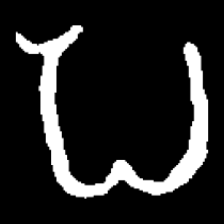
Pyu character \u2014 Myanmar letter: ပ (romanized: pa)